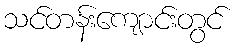
သင်တန်းကျောင်းတွင်